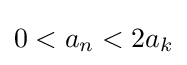
0<a_{n}<2a_{k}